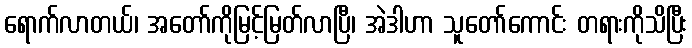
ရောက်လာတယ်၊ အတော်ကိုမြင့်မြတ်လာပြီ၊ အဲဒါဟာ သူတော်ကောင်း တရားကိုသိပြီး